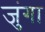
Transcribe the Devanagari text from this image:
जुंगा